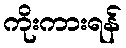
ကိုးကားရန်